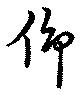
仰